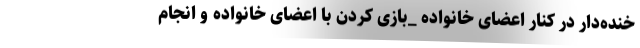
خنده‌دار در کنار اعضای خانواده _بازی کردن با اعضای خانواده و انجام